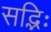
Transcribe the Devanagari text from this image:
सद्भिः